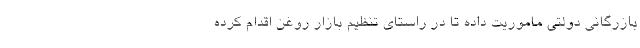
بازرگانی دولتی ماموریت داده تا در راستای تنظیم بازار روغن اقدام کرده